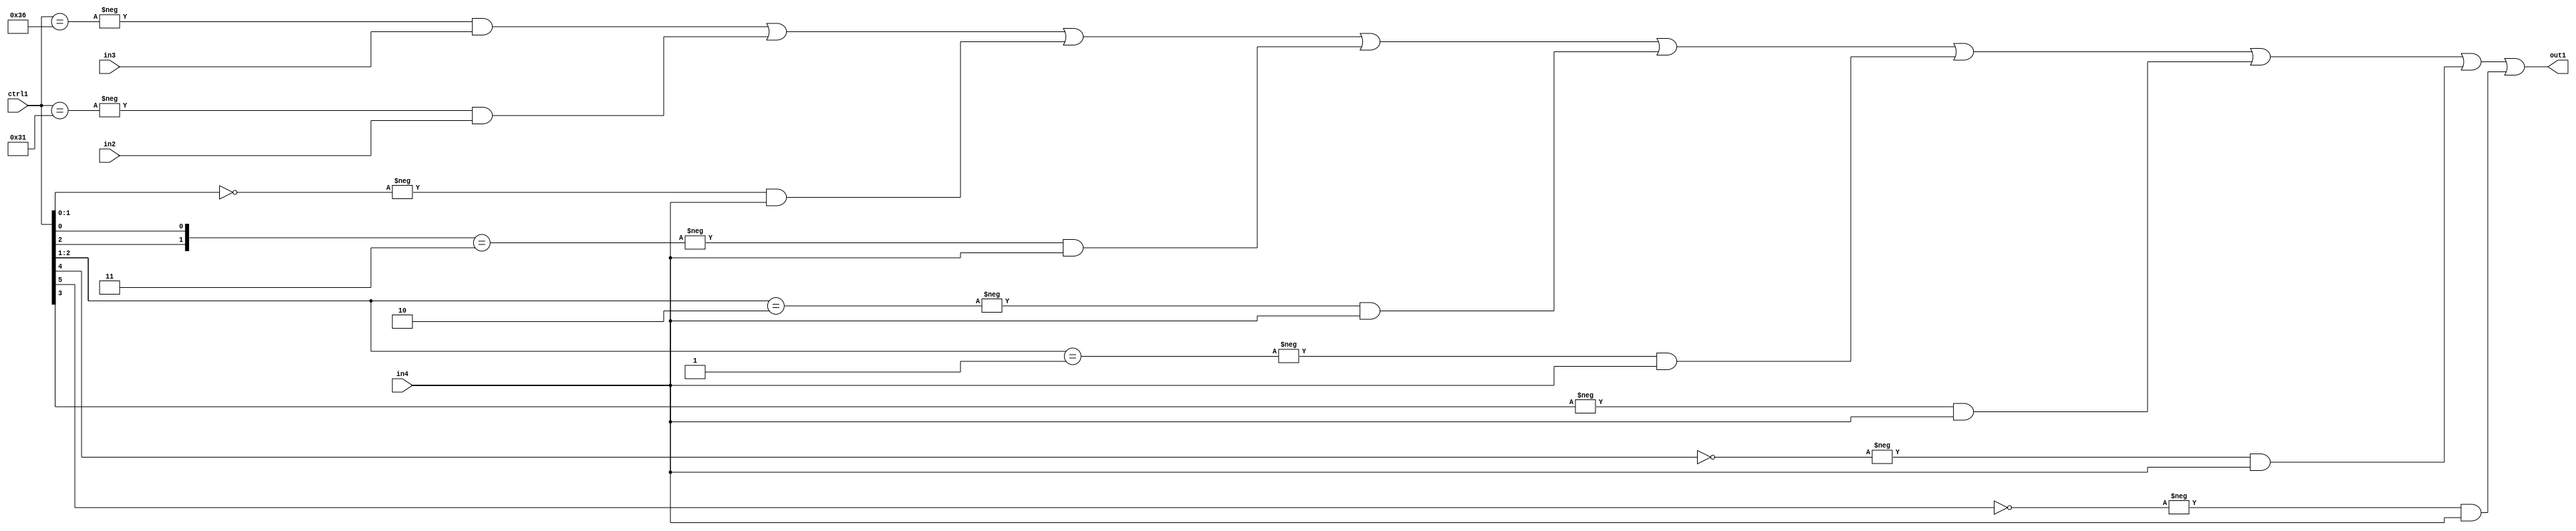
`timescale 1ps / 1ps
/*****************************************************************************
    Verilog RTL Description
    
    
    Created by: Stratus DpOpt 21.05.01 
*******************************************************************************/

module SobelFilter_N_Mux_32_3_99_1 (
	in4,
	in3,
	in2,
	ctrl1,
	out1
	); /* architecture "behavioural" */ 
input [31:0] in4;
input [8:0] in3,
	in2;
input [5:0] ctrl1;
output [31:0] out1;
wire [31:0] asc001;

assign asc001 = 
	-{ctrl1 == 6'B110110} & in3 |
	-{ctrl1 == 6'B110001} & in2 |
	-{ctrl1[1:0] == 2'B00} & in4 |
	-{{ctrl1[2], ctrl1[0]} == 2'B11} & in4 |
	-{ctrl1[2:1] == 2'B10} & in4 |
	-{ctrl1[2:1] == 2'B01} & in4 |
	-{ctrl1[3] == 1'B1} & in4 |
	-{ctrl1[4] == 1'B0} & in4 |
	-{ctrl1[5] == 1'B0} & in4 ;

assign out1 = asc001;
endmodule

/* CADENCE  vrD5Qws= : u9/ySxbfrwZIxEzHVQQV8Q== ** DO NOT EDIT THIS LINE ******/